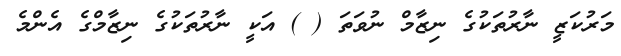
މަރުކަޒީ ނާރުތަކުގެ ނިޒާމް ނުވަތަ ( ) އަކީ ނާރުތަކުގެ ނިޒާމްގެ އެންމެ